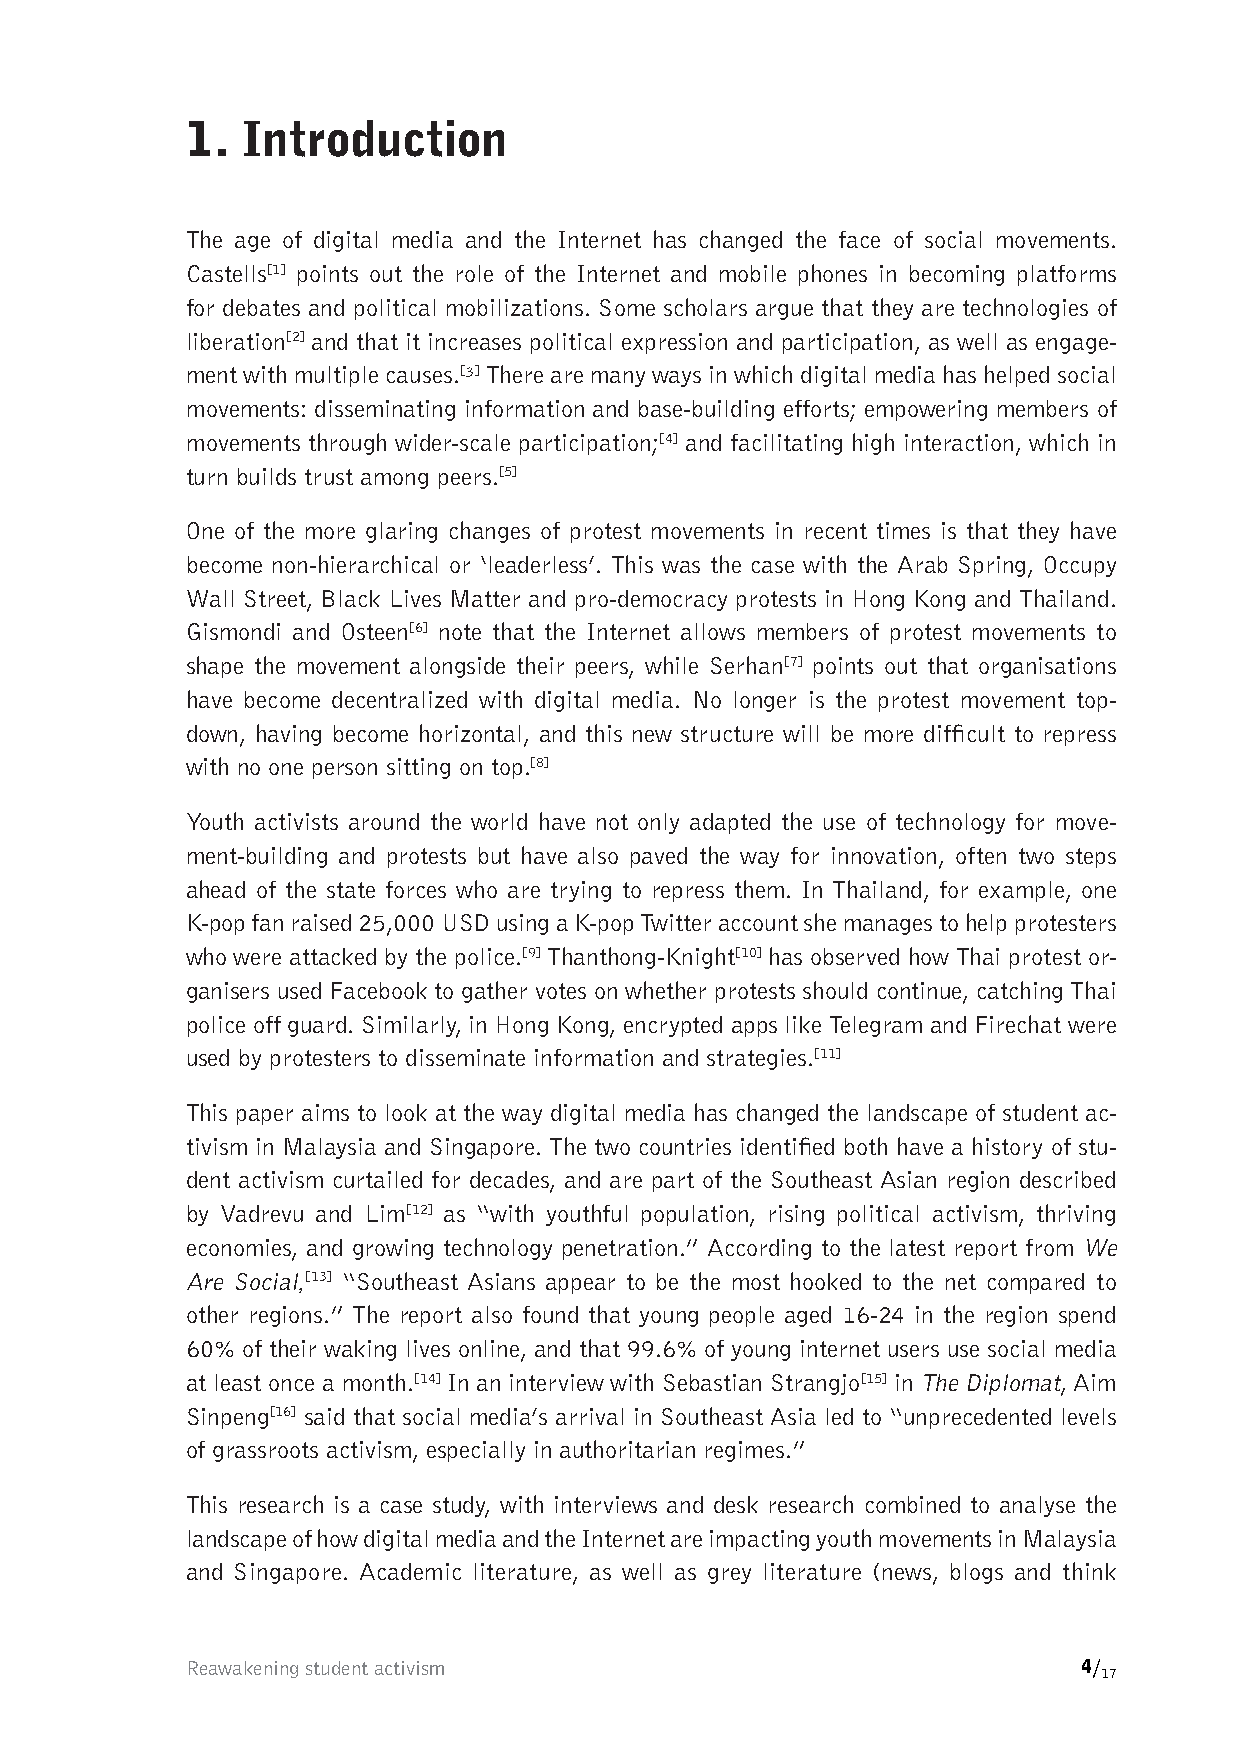
1.  Introduction
 The age of digital media and the Internet has changed the face of social movements.
 Castells[1] points out the role of the Internet and mobile phones in becoming platforms
 for debates and political mobilizations. Some scholars argue that they are technologies of
 liberation[2] and that it increases political expression and participation, as well as engage-
 ment with multiple causes.[³] There are many ways in which digital media has helped social
 movements: disseminating information and base-building efforts; empowering members of
 movements through wider-scale participation;[4] and facilitating high interaction, which in
 turn builds trust among peers.[5]
 One of the more glaring changes of protest movements in recent times is that they have
 become non-hierarchical or ‘leaderless’. This was the case with the Arab Spring, Occupy
 Wall Street, Black Lives Matter and pro-democracy protests in Hong Kong and Thailand.
 Gismondi and Osteen[6] note that the Internet allows members of protest movements to
 shape the movement alongside their peers, while Serhan[7] points out that organisations
 have become decentralized with digital media. No longer is the protest movement top-
 down, having become horizontal, and this new structure will be more difficult to repress
 with no one person sitting on top.[8]
 Youth activists around the world have not only adapted the use of technology for move-
 ment-building and protests but have also paved the way for innovation, often two steps
 ahead of the state forces who are trying to repress them. In Thailand, for example, one
 K-pop fan raised 25,000 USD using a K-pop Twitter account she manages to help protesters
 who were attacked by the police.[9] Thanthong-Knight[10] has observed how Thai protest or-
 ganisers used Facebook to gather votes on whether protests should continue, catching Thai
 police off guard. Similarly, in Hong Kong, encrypted apps like Telegram and Firechat were
 used by protesters to disseminate information and strategies.[11]
 This paper aims to look at the way digital media has changed the landscape of student ac-
 tivism in Malaysia and Singapore. The two countries identified both have a history of stu-
 dent activism curtailed for decades, and are part of the Southeast Asian region described
 by Vadrevu and Lim[12] as “with youthful population, rising political activism, thriving
 economies, and growing technology penetration.” According to the latest report from We
 Are Social,[13] “Southeast Asians appear to be the most hooked to the net compared to
 other regions.” The report also found that young people aged 16-24 in the region spend
 60% of their waking lives online, and that 99.6% of young internet users use social media
 at least once a month.[14] In an interview with Sebastian Strangjo[15] in The Diplomat, Aim
 Sinpeng[16] said that social media’s arrival in Southeast Asia led to “unprecedented levels
 of grassroots activism, especially in authoritarian regimes.”
 This research is a case study, with interviews and desk research combined to analyse the
 landscape of how digital media and the Internet are impacting youth movements in Malaysia
 and Singapore. Academic literature, as well as grey literature (news, blogs and think
 Reawakening student activism                                4/
 17